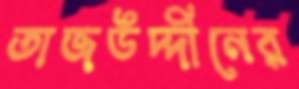
তাজউদ্দীনের